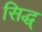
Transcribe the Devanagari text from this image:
सिद्ध्